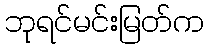
ဘုရင်မင်းမြတ်က